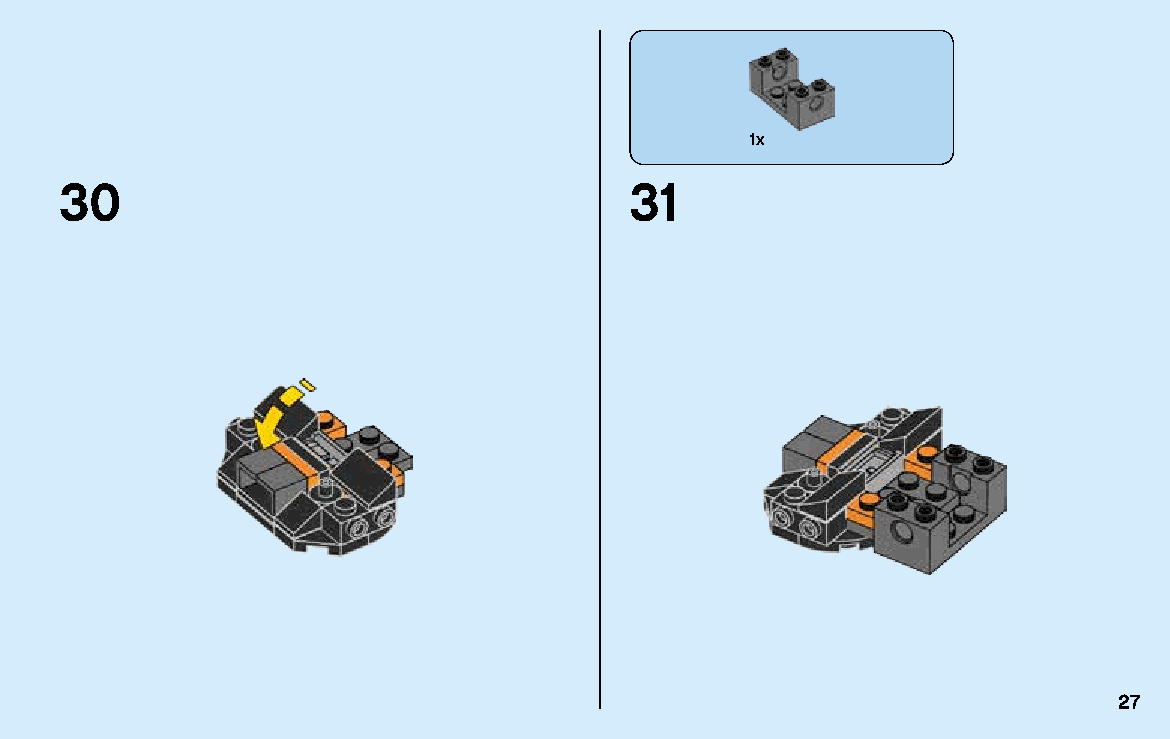
1x
 30                                    31
 27